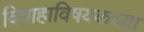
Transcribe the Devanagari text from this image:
विवाहाविषयकच्या